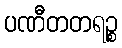
ပဏီတတရဉ္စ